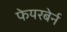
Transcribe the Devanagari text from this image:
फेयरबेर्न